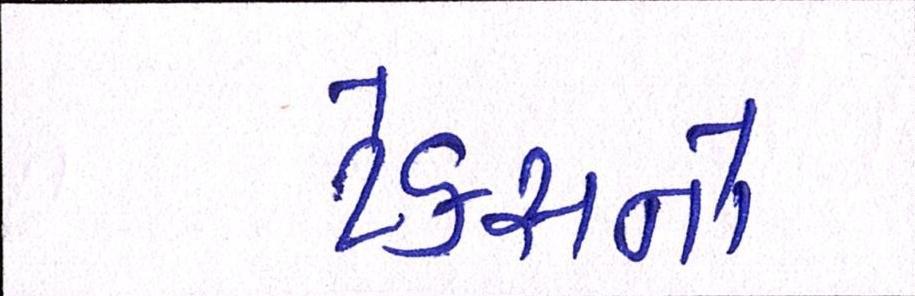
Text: ટેકસનો